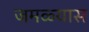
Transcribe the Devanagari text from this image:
जमळ्यास